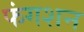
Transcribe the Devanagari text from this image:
फंगशन